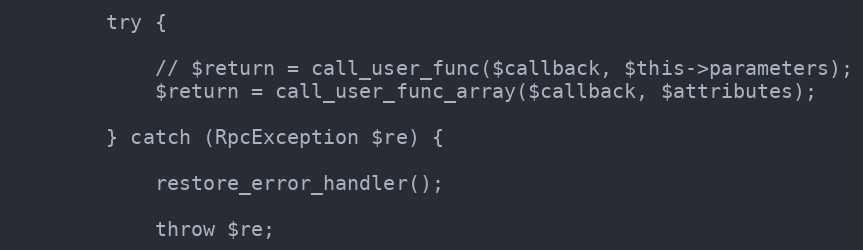
Language: PHP
        try {

            // $return = call_user_func($callback, $this->parameters);
            $return = call_user_func_array($callback, $attributes);

        } catch (RpcException $re) {

            restore_error_handler();

            throw $re;